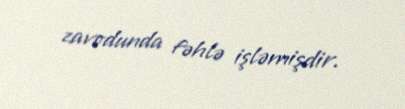
zavodunda fəhlə işləmişdir.